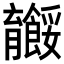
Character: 𬛠